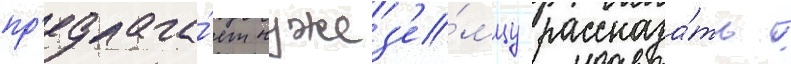
пр'едлага́ет чужез'е́мцу рассказа́ть /